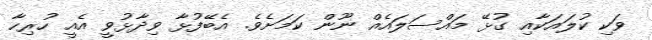
ވަކި ކުލައަކާއި ގުޅޭ މައްސަލައެއް ނޫން ކަމަށެވެ. އެބޭފުޅާ ވިދާޅުވީ އެއީ ހުރިހާ